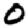
Digit: 0